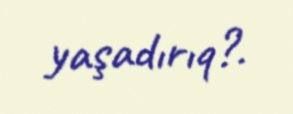
yaşadırıq?.